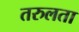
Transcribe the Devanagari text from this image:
तरुलता